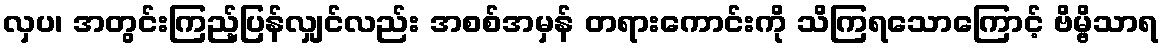
လှပ၊ အတွင်းကြည့်ပြန်လျှင်လည်း အစစ်အမှန် တရားကောင်းကို သိကြရသောကြောင့် ဗိမ္ဗိသာရ